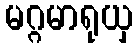
မဂ္ဂမာရုယှ